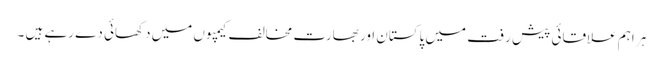
ہر اہم علاقائی پیش رفت میں پاکستان اور بھارت مخالف کیمپوں میں دکھائی دے رہے ہیں ۔